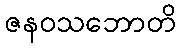
ဇနဝသဘောတိ